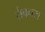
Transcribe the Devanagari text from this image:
सैवधरा